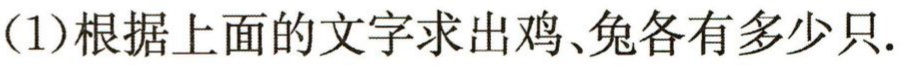
(1)根据上面的文字求出鸡、兔各有多少只.